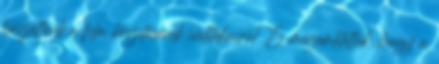
beszéltünk a film készítésének indítékairól. És megemlítettük, hogy a